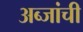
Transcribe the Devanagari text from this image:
अब्जांची